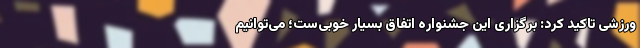
ورزشی تاکید کرد: برگزاری این جشنواره اتفاق بسیار خوبی‌ست؛ می‌توانیم